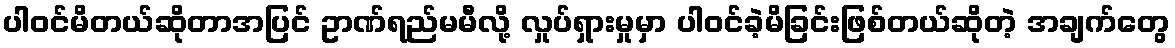
ပါဝင်မိတယ်ဆိုတာအပြင် ဥာဏ်ရည်မမီလို့ လှုပ်ရှားမှုမှာ ပါဝင်ခဲ့မိခြင်းဖြစ်တယ်ဆိုတဲ့ အချက်တွေ